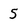
Character: 5